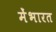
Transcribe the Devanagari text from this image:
मेंभारत